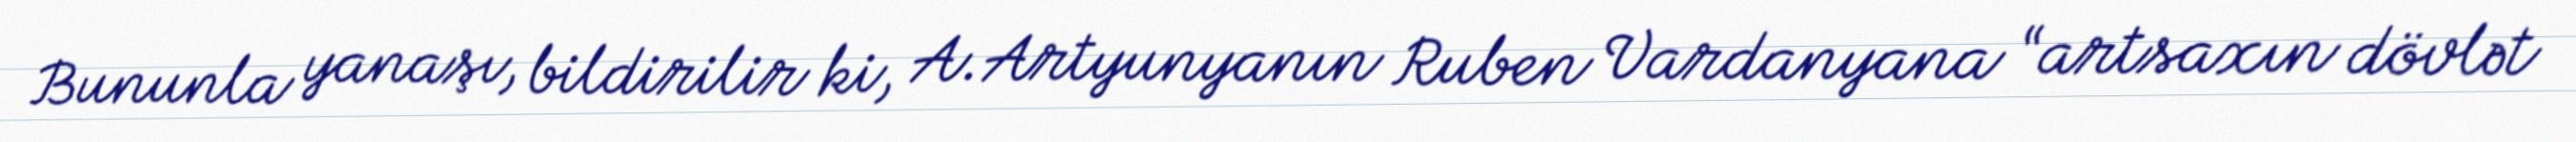
Bununla yanaşı, bildirilir ki, A.Artyunyanın Ruben Vardanyana “artsaxın dövlət